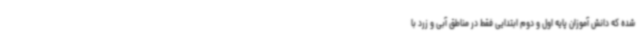
شده که دانش آموزان پایه اول و دوم ابتدایی فقط در مناطق آبی و زرد با